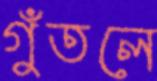
গুঁতলে